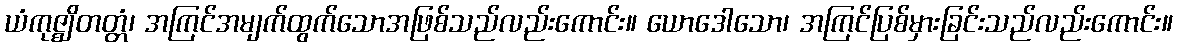
ယံကုဇ္ဈိတတ္တံ၊ အကြင်အမျက်ထွက်သောအဖြစ်သည်လည်းကောင်း။ ယောဒေါသော၊ အကြင်ပြစ်မှားခြင်းသည်လည်းကောင်း။